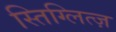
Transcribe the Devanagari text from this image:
स्तिग्लित्ज़